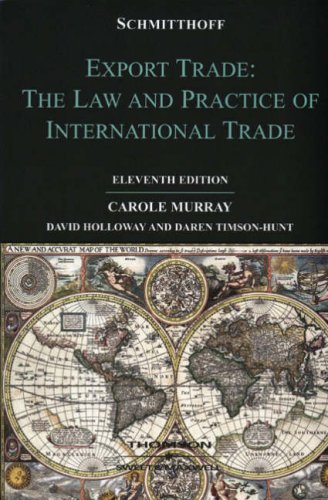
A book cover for Schmitthoff's Export Trade: The Law and Practice of International Trade; Carole Murray; Law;